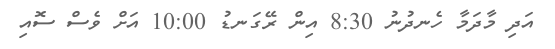
އަދި މާދަމާ ހެނދުނު 8:30 އިން ރޭގަނޑު 10:00 އަށް ވެސް ސޮއި